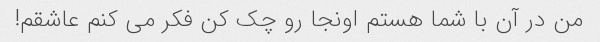
من در آن با شما هستم اونجا رو چک کن فکر می کنم عاشقم!